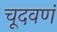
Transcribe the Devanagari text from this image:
चूदवणं